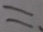
=